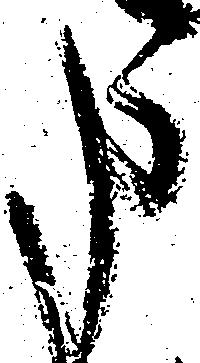
申